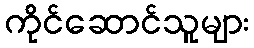
ကိုင်ဆောင်သူများ